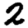
Digit: 2